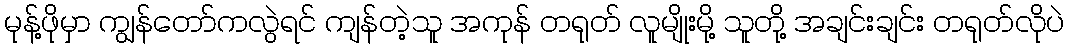
မုန့်ဖိုမှာ ကျွန်တော်ကလွဲရင် ကျန်တဲ့သူ အကုန် တရုတ် လူမျိုးမို့ သူတို့ အချင်းချင်း တရုတ်လိုပဲ